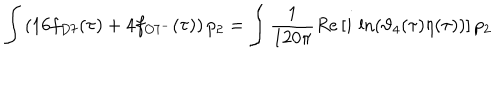
LaTeX: \int \left( 1 6 f _ { D 7 } ( \tau ) + 4 f _ { O 7 ^ { - } } ( \tau ) \right) p _ { 2 } = \int \frac { 1 } { 1 2 0 \pi } R e \left[ i \, \ln ( \vartheta _ { 4 } ( \tau ) \eta ( \tau ) ) \right] p _ { 2 }